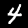
Digit: 4